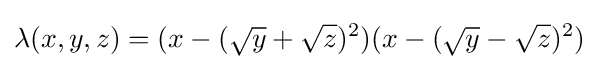
\lambda (x,y,z)=(x-({\sqrt {y}}+{\sqrt {z}})^{2})(x-({\sqrt {y}}-{\sqrt {z}})^{2})